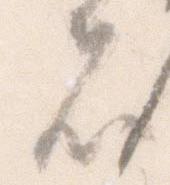
者